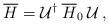
LaTeX: \begin{align*}\overline{H} = \mathcal{U}^\dagger \: \overline{H}_0 \:\mathcal{U} \,,\end{align*}